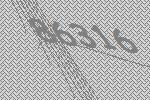
86316